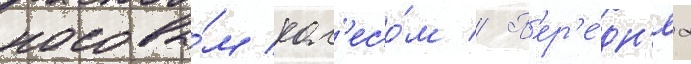
носовы́м кол'есо́м // П'ер'е́дн'яа